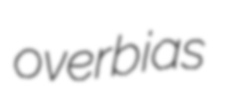
overbias